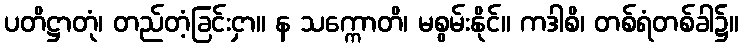
ပတိဋ္ဌာတုံ၊ တည်တံ့ခြင်းငှာ။ န သက္ကောတိ၊ မစွမ်းနိုင်။ ကဒါစိ၊ တစ်ရံတစ်ခါ၌။